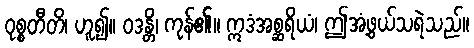
ဝုစ္စတီတိ၊ ဟူ၍။ ဝဒန္တိ၊ ကုန်၏။ ဣဒံအစ္ဆရိယံ၊ ဤအံ့ဖွယ်သရဲသည်။